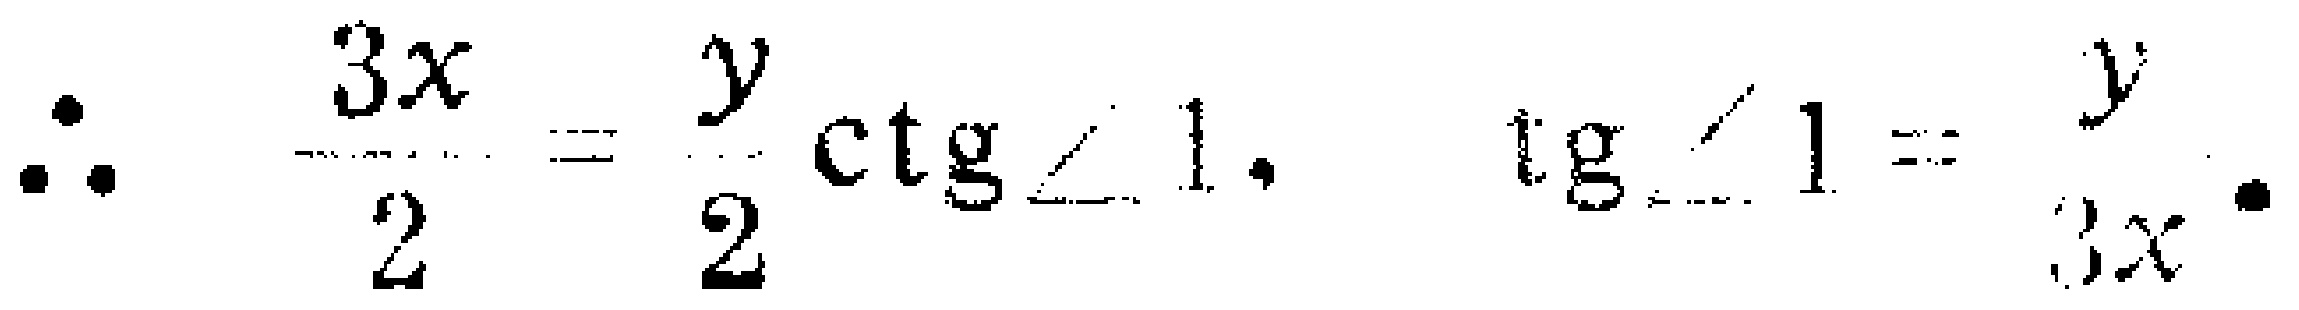
\(\therefore \quad \frac{3x}{2}=\frac{y}{2}\operatorname{ctg}\angle 1,\quad \operatorname{tg}\angle 1=\frac{y}{3x}.\)